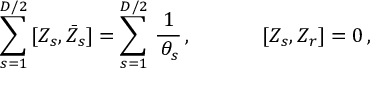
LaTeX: \begin{array} { l l } { { \displaystyle { \sum _ { s = 1 } ^ { D / 2 } \, [ Z _ { s } , \bar { Z } _ { s } ] = \sum _ { s = 1 } ^ { D / 2 } \, \frac { 1 } { \, \theta _ { s } } } \, , ~ ~ ~ } } & { { ~ ~ ~ ~ [ Z _ { s } , Z _ { r } ] = 0 \, , } } \end{array}